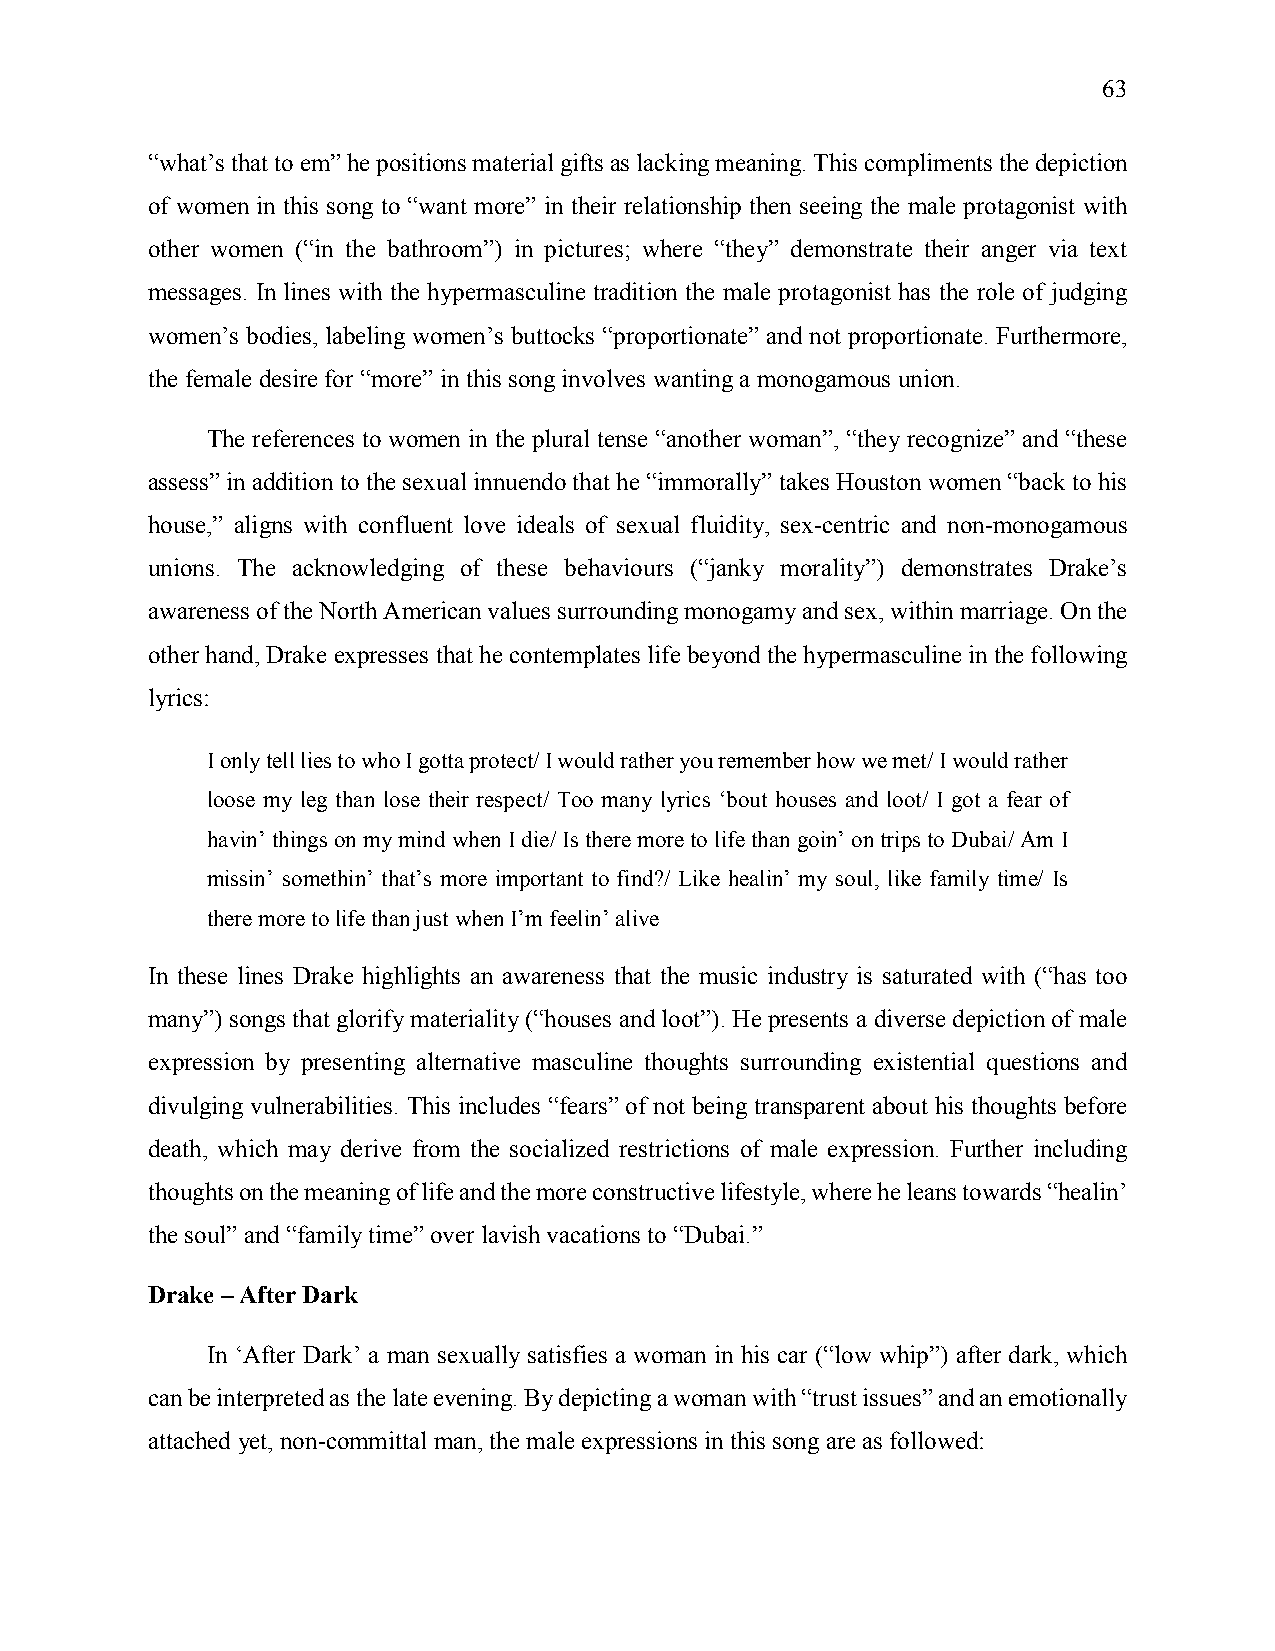
63
 “what’s that to em” he positions material gifts as lacking meaning. This compliments the depiction
 of women in this song to “want more” in their relationship then seeing the male protagonist with
 other women (“in the bathroom”) in pictures; where “they” demonstrate their anger via text
 messages. In lines with the hypermasculine tradition the male protagonist has the role of judging
 women’s bodies, labeling women’s buttocks “proportionate” and not proportionate. Furthermore,
 the female desire for “more” in this song involves wanting a monogamous union.
 The references to women in the plural tense “another woman”, “they recognize” and “these
 assess” in addition to the sexual innuendo that he “immorally” takes Houston women “back to his
 house,” aligns with confluent love ideals of sexual fluidity, sex-centric and non-monogamous
 unions. The acknowledging of these behaviours (“janky morality”) demonstrates Drake’s
 awareness of the North American values surrounding monogamy and sex, within marriage. On the
 other hand, Drake expresses that he contemplates life beyond the hypermasculine in the following
 lyrics:
 I only tell lies to who I gotta protect/ I would rather you remember how we met/ I would rather
 loose my leg than lose their respect/ Too many lyrics ‘bout houses and loot/ I got a fear of
 havin’ things on my mind when I die/ Is there more to life than goin’ on trips to Dubai/ Am I
 missin’ somethin’ that’s more important to find?/ Like healin’ my soul, like family time/ Is
 there more to life than just when I’m feelin’ alive
 In these lines Drake highlights an awareness that the music industry is saturated with (“has too
 many”) songs that glorify materiality (“houses and loot”). He presents a diverse depiction of male
 expression by presenting alternative masculine thoughts surrounding existential questions and
 divulging vulnerabilities. This includes “fears” of not being transparent about his thoughts before
 death, which may derive from the socialized restrictions of male expression. Further including
 thoughts on the meaning of life and the more constructive lifestyle, where he leans towards “healin’
 the soul” and “family time” over lavish vacations to “Dubai.”
 Drake – After Dark
 In ‘After Dark’ a man sexually satisfies a woman in his car (“low whip”) after dark, which
 can be interpreted as the late evening. By depicting a woman with “trust issues” and an emotionally
 attached yet, non-committal man, the male expressions in this song are as followed: